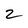
Character: 2